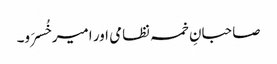
صاحبانِ خمسہ نظامی اور امیر خُسرَو۔